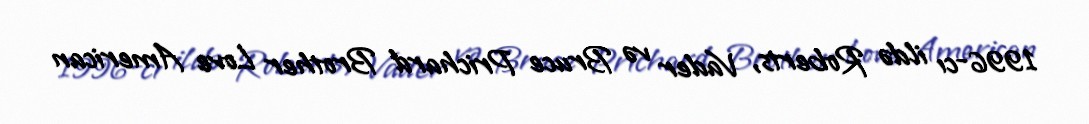
1996-cı ildə Roberts, Vader və Bruce Prichard Brother Love American